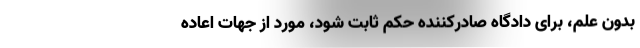
بدون علم، برای دادگاه صادرکننده حکم ثابت شود، مورد از جهات اعاده